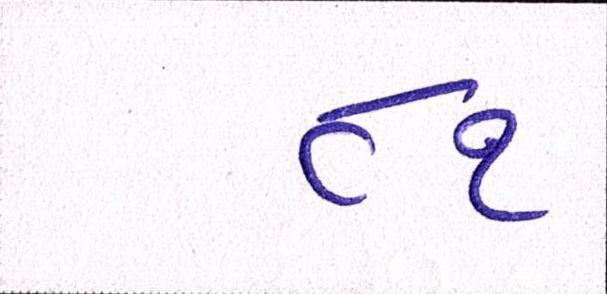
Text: ૮૧